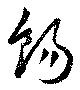
餳